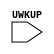
// --------------------------------------------------------------------
// >>>>>>>>>>>>>>>>>>>>>>>>> COPYRIGHT NOTICE <<<<<<<<<<<<<<<<<<<<<<<<<
// --------------------------------------------------------------------
// Copyright (c) 2005 by Lattice Semiconductor Corporation
// --------------------------------------------------------------------
//
//
//                     Lattice Semiconductor Corporation
//                     5555 NE Moore Court
//                     Hillsboro, OR 97214
//                     U.S.A.
//
//                     TEL: 1-800-Lattice  (USA and Canada)
//                          1-408-826-6000 (other locations)
//
//                     web: http://www.latticesemi.com/
//
// --------------------------------------------------------------------
//
// Simulation Library File for XP2
//
// $Header:  
//
`resetall
`timescale 1 ns / 1 ps

`celldefine

module IOWAKEUPA (UWKUP);
  input UWKUP;

endmodule 

`endcelldefine